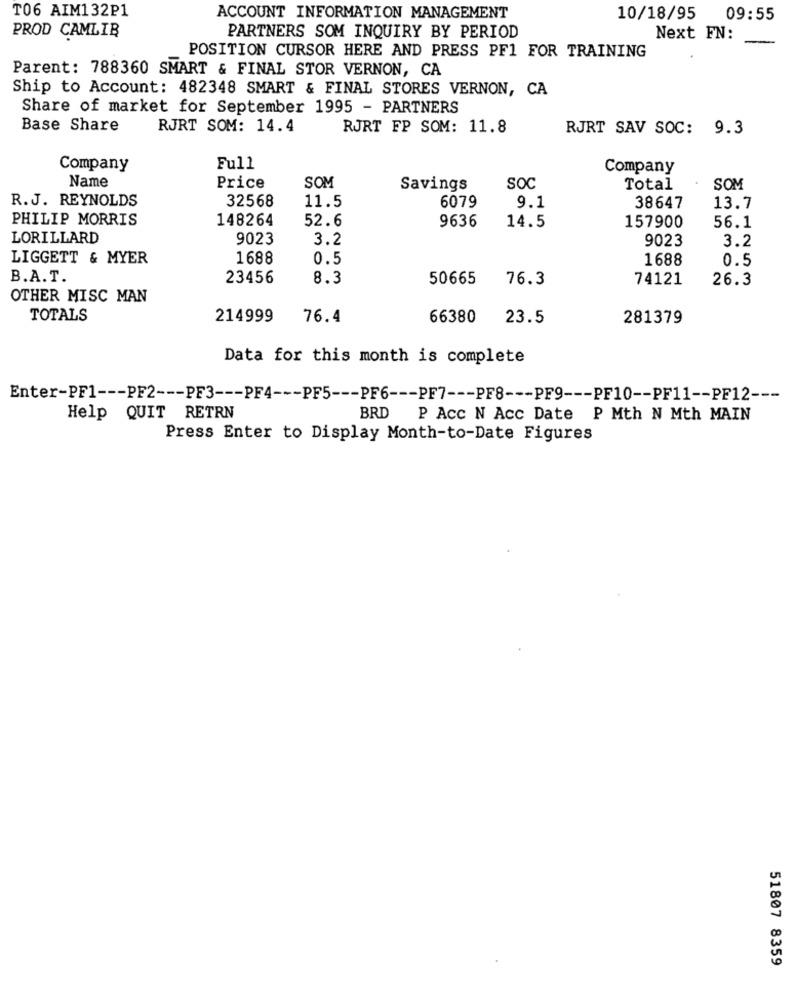
T06 AIM132P1
ACCOUNT INFORMATION MANAGEMENT
10/18/95
09:55
PROD CAMLIB
PARTNERS SOM INQUIRY BY PERIOD
Next FN:
POSITION CURSOR HERE AND PRESS PF1 FOR TRAINING
Parent: 788360 SMART & FINAL STOR VERNON, CA
Ship to Account: 482348 SMART & FINAL STORES VERNON, CA
Share of market for September 1995 - PARTNERS
Base Share
RJRT SOM: 14.4
RJRT FP SOM: 11.8
RJRT SAV SOC: 9.3
Company
Full
Company
Name
Price
SOM
Savings
SOC
Total
SOM
R.J. REYNOLDS
32568
11.5
6079
9.1
38647
13.7
PHILIP MORRIS
148264
52.6
9636
14.5
157900
56.1
LORILLARD
9023
3.2
9023
3.2
LIGGETT & MYER
1688
0.5
1688
0.5
B.A.T.
23456
8.3
50665
76.3
74121
26.3
OTHER MISC MAN
TOTALS
214999
76.4
66380
23.5
281379
Data for this month is complete
Enter-PF1 --- PF2 --- PF3 --- PF4 --- PF5 --- PF6 --- PF7 --- PF8 --- PF9 --- PF10 -- PF11 -- PF12 ---
Help QUIT RETRN
BRD P Acc N Acc Date P Mth N Mth MAIN
Press Enter to Display Month-to-Date Figures
51807 8359